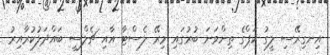
އިނގިރޭސި ލީގު ކަޕްގެ ތިންވަނަ ބުރުގައި މިރޭ ލެސްޓާ އާއި ޗެލްސީ ބައްދަލުކުރާއިރު